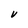
Character: V